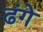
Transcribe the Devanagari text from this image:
ढंगे